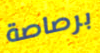
برصاصة